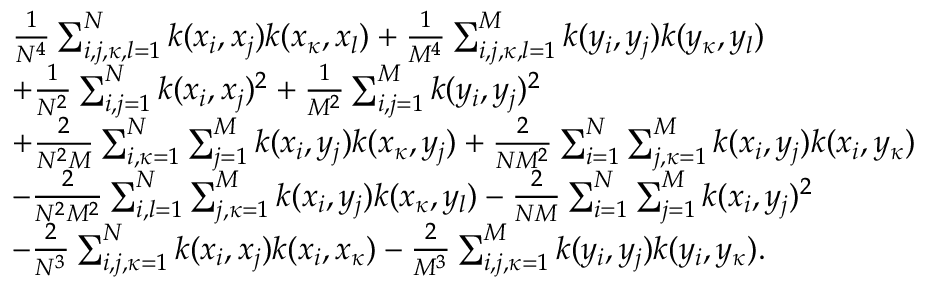
\begin{array} { r l } & { \frac { 1 } { N ^ { 4 } } \sum _ { i , j , \kappa , l = 1 } ^ { N } k ( x _ { i } , x _ { j } ) k ( x _ { \kappa } , x _ { l } ) + \frac { 1 } { M ^ { 4 } } \sum _ { i , j , \kappa , l = 1 } ^ { M } k ( y _ { i } , y _ { j } ) k ( y _ { \kappa } , y _ { l } ) } \\ & { + \frac { 1 } { N ^ { 2 } } \sum _ { i , j = 1 } ^ { N } k ( x _ { i } , x _ { j } ) ^ { 2 } + \frac { 1 } { M ^ { 2 } } \sum _ { i , j = 1 } ^ { M } k ( y _ { i } , y _ { j } ) ^ { 2 } } \\ & { + \frac { 2 } { N ^ { 2 } M } \sum _ { i , \kappa = 1 } ^ { N } \sum _ { j = 1 } ^ { M } k ( x _ { i } , y _ { j } ) k ( x _ { \kappa } , y _ { j } ) + \frac { 2 } { N M ^ { 2 } } \sum _ { i = 1 } ^ { N } \sum _ { j , \kappa = 1 } ^ { M } k ( x _ { i } , y _ { j } ) k ( x _ { i } , y _ { \kappa } ) } \\ & { - \frac { 2 } { N ^ { 2 } M ^ { 2 } } \sum _ { i , l = 1 } ^ { N } \sum _ { j , \kappa = 1 } ^ { M } k ( x _ { i } , y _ { j } ) k ( x _ { \kappa } , y _ { l } ) - \frac { 2 } { N M } \sum _ { i = 1 } ^ { N } \sum _ { j = 1 } ^ { M } k ( x _ { i } , y _ { j } ) ^ { 2 } } \\ & { - \frac { 2 } { N ^ { 3 } } \sum _ { i , j , \kappa = 1 } ^ { N } k ( x _ { i } , x _ { j } ) k ( x _ { i } , x _ { \kappa } ) - \frac { 2 } { M ^ { 3 } } \sum _ { i , j , \kappa = 1 } ^ { M } k ( y _ { i } , y _ { j } ) k ( y _ { i } , y _ { \kappa } ) . } \end{array}